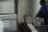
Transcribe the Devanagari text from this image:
पिआशाल